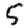
Digit: 5